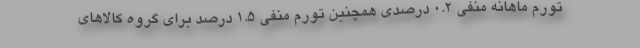
تورم ماهانه منفي 0.2 درصدي همچنين تورم منفي 1.5 درصد براي گروه كالاهاي